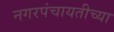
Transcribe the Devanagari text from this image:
नगरपंचायतीच्या